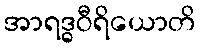
အာရဒ္ဓဝီရိယောတိ